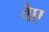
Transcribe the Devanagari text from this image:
वैए